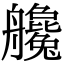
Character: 艬